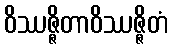
ဝိဿဇ္ဇိတာဝိဿဇ္ဇိတံ